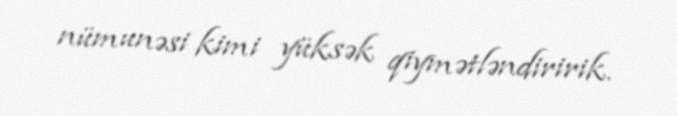
nümunəsi kimi yüksək qiymətləndiririk.